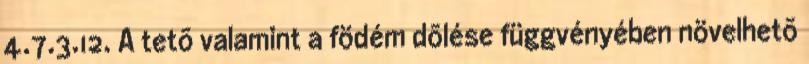
4.7.3.12. A tetõ valamint a födém dõlése függvényében növelhetõ